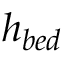
h _ { b e d }